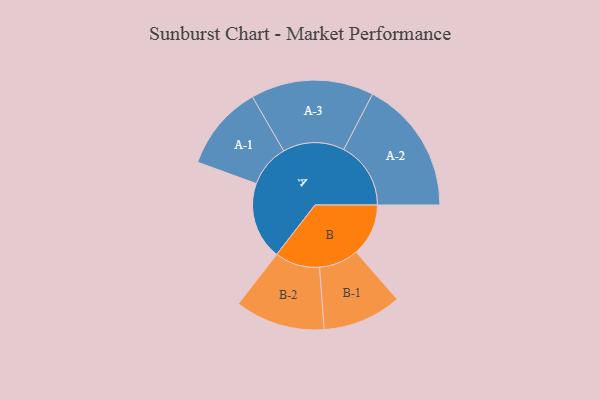
{"axis": {"x": "Segment", "y": "Value"}, "legend": ["", "A", "B"], "data": [{"x": "A", "y": 337, "type": ""}, {"x": "B", "y": 228, "type": ""}, {"x": "A-1", "y": 186, "type": "A"}, {"x": "A-2", "y": 292, "type": "A"}, {"x": "A-3", "y": 268, "type": "A"}, {"x": "B-1", "y": 172, "type": "B"}, {"x": "B-2", "y": 196, "type": "B"}]}